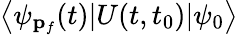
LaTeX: \left\langle\psi_{\mathbf{p}_{f}}(t)|U(t,t_{0})|\psi_{0}\right\rangle